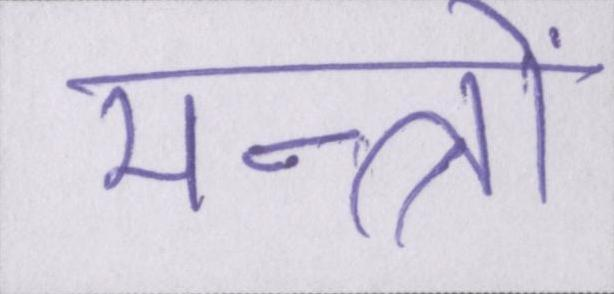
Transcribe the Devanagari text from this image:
मन्त्रों